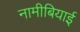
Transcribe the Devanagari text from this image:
नामीबियाई